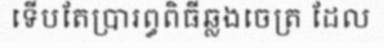
ទើបតែប្រារព្ធពិធីឆ្លងចេត្រ ដែល